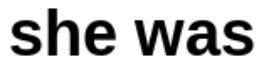
she was